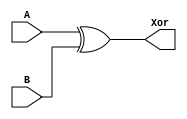
module Xor32b (
    input [31:0] A, B,
    output [31:0] Xor
);
    assign Xor = A ^ B;

endmodule